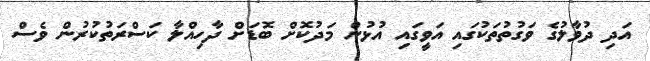
އަދި ދުވާލުގެ ވަގުތުތަކުގައި އަވީގައި އުޅުން މަދުކޮށް ބޮޑަށް ދާހިއްލާ ކަސްރަތުކުރުން ވެސް